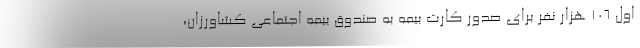
اول ۱۰۶ هزار نفر برای صدور کارت بیمه به صندوق بیمه اجتماعی کشاورزان،